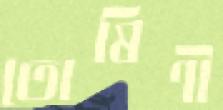
তোষিণী